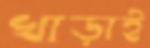
খাড়াই